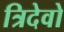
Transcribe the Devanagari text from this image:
त्रिदेवो